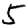
Digit: 5